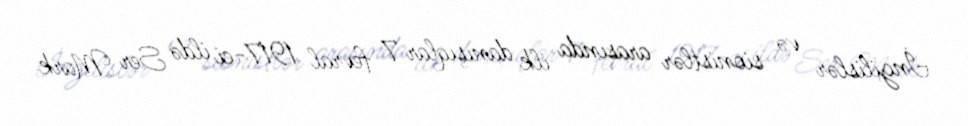
İngilislər və sionistlər arasında ilk danışıqlar 7 fevral 1917-ci ildə Ser Mark